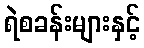
ရဲစခန်းများနှင့်